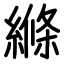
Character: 縧